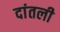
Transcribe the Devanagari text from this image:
दांतली